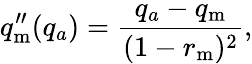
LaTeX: q_{\mathrm{m}}^{\prime\prime}(q_{a})=\frac{q_{a}-q_{\mathrm{m}}}{(1-r_{\mathrm{m}})^{2}},